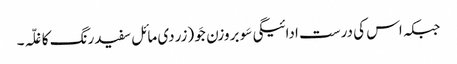
جبکہ اس کی درست ادائیگی سَو بروزن جَو (زردی مائل سفیدرنگ کا غلّہ۔